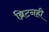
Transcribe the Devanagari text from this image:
ब्रिटनही